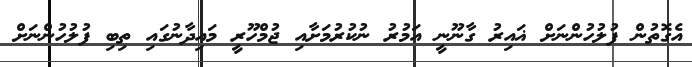
އެގޮތުން ފުލުހުންނަށް ޣައިރު ގާނޫނީ އަމުރު ނުކުރުމަށާއި ޖުމްހޫރީ މައިދާނުގައި ތިބި ފުލުހުންނަށް